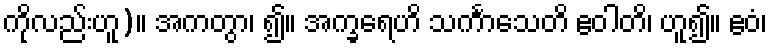
ကိုလည်းဟူ)။ အကတွာ၊ ၍။ အက္ခရေဟိ သင်္ကာသေတိ ဧဝါတိ၊ ဟူ၍။ ဧဝံ၊